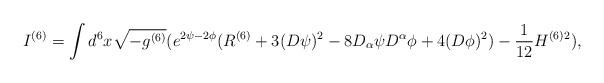
LaTeX: \begin{align*}I^{(6)} = \int d^6 x \sqrt{- g^{(6)} } (e^{2 \psi - 2 \phi} ( R^{(6)} +3 (D \psi )^2 - 8 D_{\alpha} \psi D^{\alpha}\phi + 4 (D \phi )^2 ) - \frac{1}{12} H^{(6) 2} ) ,\end{align*}